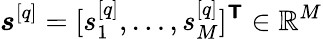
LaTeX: \boldsymbol{s}^{[q]}=[s_{1}^{[q]},\ldots,s_{M}^{[q]}]^{\boldsymbol{\mathsf{T}}}\in\mathbb{R}^{M}